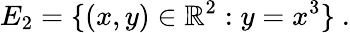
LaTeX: E_{2}=\{ (x,y)\in\mathbb{R}^{2}:y=x^{3}\} \ .